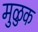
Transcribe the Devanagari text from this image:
मुळुक